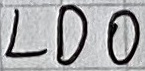
Text: LDO